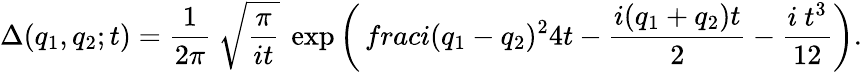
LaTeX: \Delta(q_{1},q_{2};t)={\frac 1{2\pi}}~\sqrt{{\frac\pi{it}}}~\exp{\left({\, frac{i(q_{1}-q_{2})^{2}}{4t}}-{\frac{i(q_{1}+q_{2})t}2}-{\frac{i~t^{3}}{12}}\right)}.